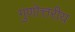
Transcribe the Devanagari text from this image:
गुणोत्तरीय